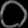
Digit: ၀